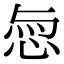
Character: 𢚎